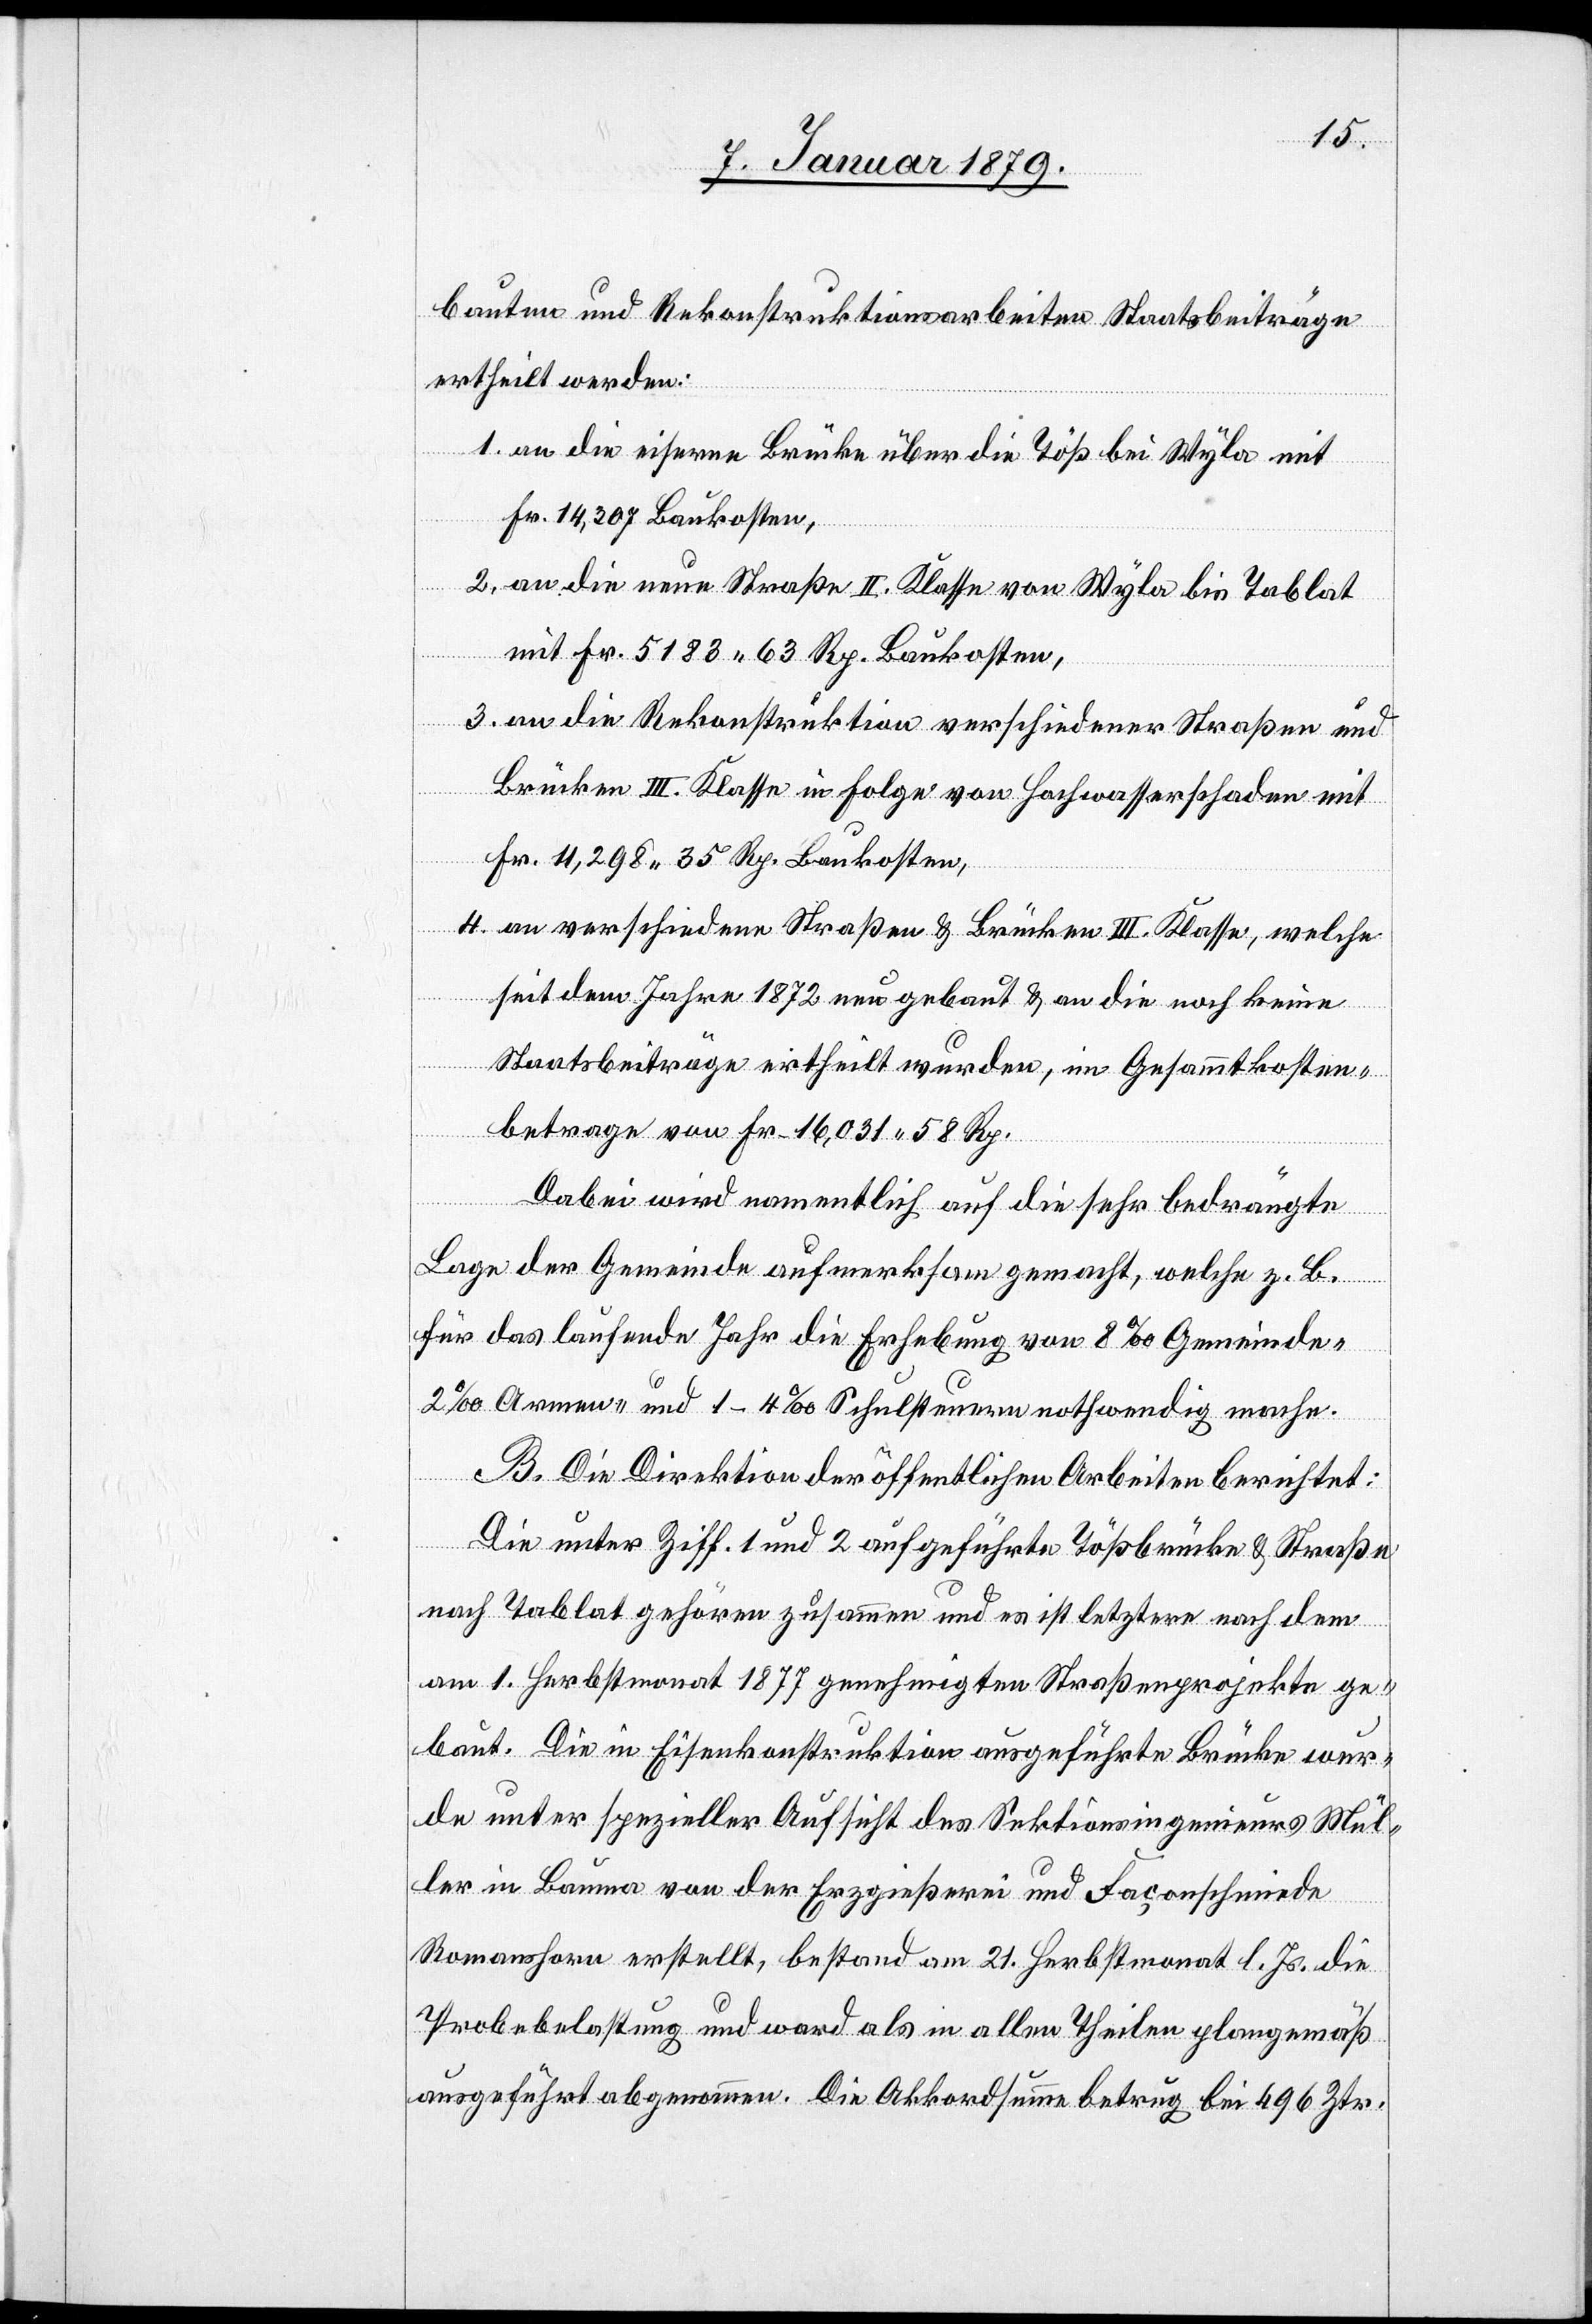
bauten und Rekonstruktionsarbeiten Staatsbeiträge
ertheilt werden:
1. an die eiserne Brücke über die Töß bei Wyla mit
Fr. 14,307 Baukosten,
2. an die neue Straße II. Klasse von Wyla bis Tablat
mit Fr. 5183.63 Rp. Baukosten.
3. an die Rekonstruktion verschiedener Straßen und
Brücken III. Klasse in Folge von Hochwasserschaden mit
Fr. 11,298. 35 Rp. Baukosten,
4. an verschiedene Straßen & Brücken III. Klasse, welche
seit dem Jahre 1872 neu gebaut & an die noch keine
Staatsbeiträge ertheilt wurden, im Gesammtkosten¬
betrage von Fr. 16,031.58 Rp.
Dabei wird namentlich auf die sehr bedrängte
Lage der Gemeinde aufmerksam gemacht, welche z. B.
für das laufende Jahr die Erhebung von 8‰ Gemeinde-,
2‰ Armen- und 1–4‰ Schulsteuern nothwendig mache.
B. Die Direktion der öffentlichen Arbeiten berichtet:
Die unter Ziff. 1 und 2 aufgeführte Tößbrücke & Straße
nach Tablat gehören zusammen und es ist letztere nach dem
am 1. Herbstmonat 1877 genehmigten Straßenprojekte ge¬
baut. Die in Eisenkonstruktion ausgeführte Brücke wur¬
de unter spezieller Aufsicht des Sektionsingenieurs Mül¬
ler in Bauma von der Erzgießerei und Façonschmiede
Romanshorn erstellt, bestand am 21. Herbstmonat l. Js. die
Probebelastung und ward als in allen Theilen plangemäß
ausgeführt abgenommen. Die Akkordsumme betrug bei 496 Ztr.